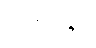
လမ္ဗိတွာ